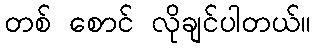
တစ် စောင် လိုချင်ပါတယ်။